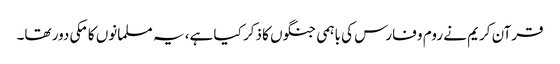
قرآن کریم نے روم و فارس کی باہمی جنگوں کا ذکر کیا ہے، یہ مسلمانوں کا مکی دور تھا۔